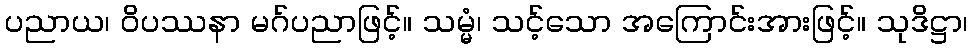
ပညာယ၊ ဝိပဿနာ မဂ်ပညာဖြင့်။ သမ္မံ၊ သင့်သော အကြောင်းအားဖြင့်။ သုဒိဋ္ဌာ၊